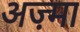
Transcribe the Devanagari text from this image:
अज़्मा